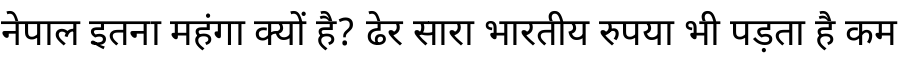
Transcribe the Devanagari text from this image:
नेपाल इतना महंगा क्यों है? ढेर सारा भारतीय रुपया भी पड़ता है कम